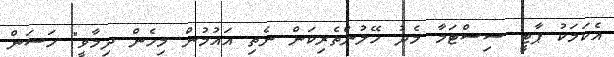
އެކަމަކު ޕާޓީ ސިސްޓަމާ މެދު ހޭލުންތެރިކަން ނެތި އައުމުން މިހެން ދިމާވީ" ހަސަން